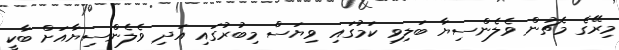
މިރޭގެ މެޗުން ވެލެންސިޔާ ބަލިވި ކަމުގައި ވިޔަސް މިބުރުގައި އަދި ވެލެންސިޔާއަށް ބާކީ